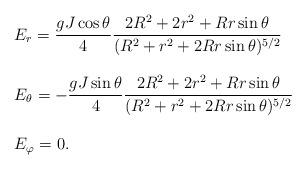
LaTeX: \begin{align*}\begin{array}{l}E_r=\displaystyle\frac{gJ\cos\theta}{4}\frac{2R^2+2r^2+Rr\sin\theta}{(R^2+r^2+2Rr\sin\theta)^{5/2}}\\~~~\\E_\theta=-\displaystyle\frac{gJ\sin\theta}{4}\frac{2R^2+2r^2+Rr\sin\theta}{(R^2+r^2+2Rr\sin\theta)^{5/2}}\\~\\ E_\varphi=0 .\end{array}\end{align*}